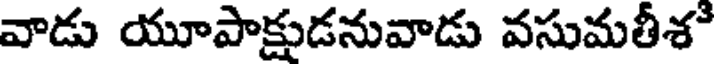
వాడు యూపాక్షుడనువాడు వసుమతీశ